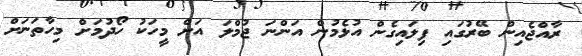
ރާއްޖެއިން ބޭރުގައި ފިލައިގެން އުޅެމުން އަންނަ ޖުމްލަ އަށް މީހަކު ހޯދުމަށް މިހާތަނަށް